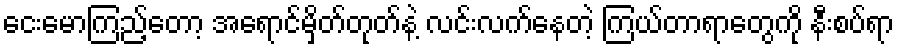
ငေးမောကြည့်တော့ အရောင်မှိတ်တုတ်နဲ့ လင်းလက်နေတဲ့ ကြယ်တာရာတွေကို နီးစပ်ရာ